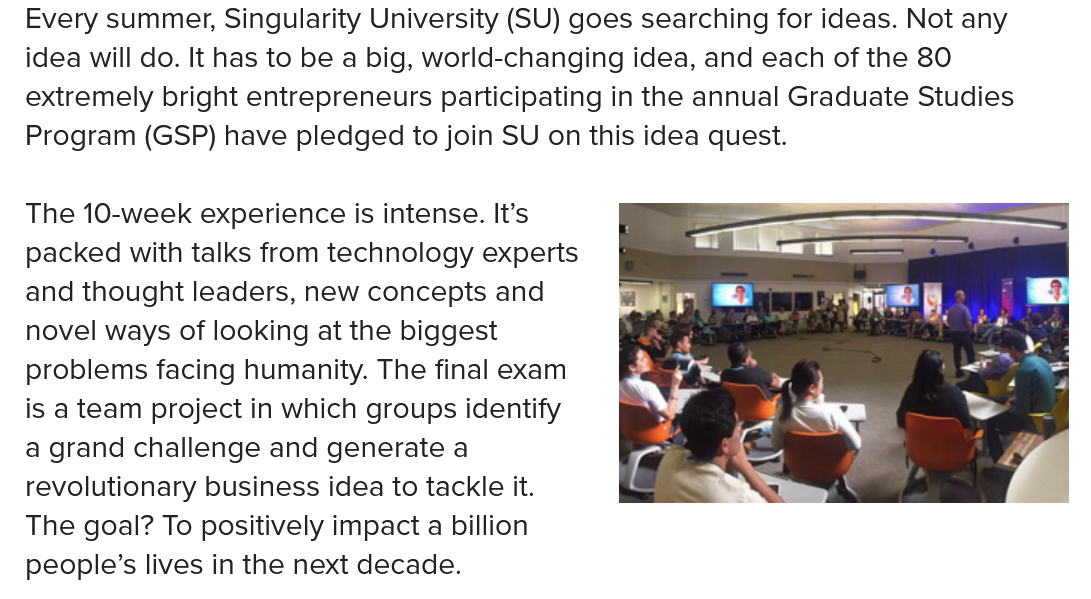
The 10-week experience is intense. It’s
  packed with talks from technology experts
  and thought leaders, new concepts and
  novel ways of looking at the biggest
  problems facing humanity. The final exam
  is a team project in which groups identify
  a grand challenge and generate a
  revolutionary business idea to tackle it.
  The goal? To positively impact a billion
  people’s lives in the next decade.
  Every summer, Singularity University (SU) goes searching for ideas. Not any
  idea will do. It has to be a big, world-changing idea, and each of the 80
  extremely bright entrepreneurs participating in the annual Graduate Studies
  Program (GSP) have pledged to join SU on this idea quest.